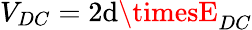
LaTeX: V_{DC}=2\mathrm{d}\timesE_{DC}